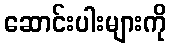
ဆောင်းပါးများကို